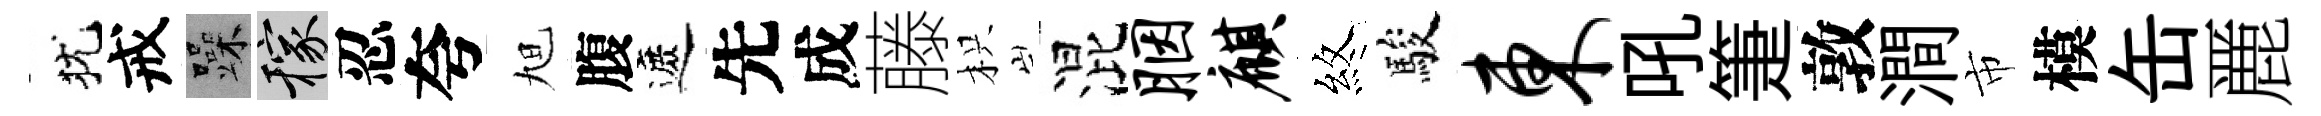
犹戒躁稼忍夸旭腹遮先成藤枳混胭麒煞駿东吼箑敦澗市模缶䴡